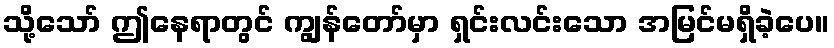
သို့သော် ဤနေရာတွင် ကျွန်တော်မှာ ရှင်းလင်းသော အမြင်မရှိခဲ့ပေ။